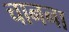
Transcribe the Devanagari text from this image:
चानना